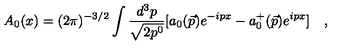
A _ { 0 } ( x ) = ( 2 \pi ) ^ { - 3 / 2 } \int \frac { d ^ { 3 } p } { \sqrt { 2 p ^ { 0 } } } [ a _ { 0 } ( \vec { p } ) e ^ { - i p x } - a _ { 0 } ^ { + } ( \vec { p } ) e ^ { i p x } ] \quad ,